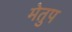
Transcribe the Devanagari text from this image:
मेेतुप